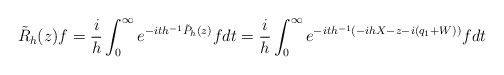
\begin{align*}\tilde{R}_h(z)f=\frac{i}{h}\int_0^\infty e^{-ith^{-1}\tilde{P}_h(z)}fdt=\frac{i}{h}\int_0^\infty e^{-ith^{-1}(-ihX-z-i(q_1+W))}fdt\end{align*}